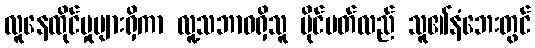
လူနေထိုင်မှုများရှိကာ လူ့သဘာဝရှိသူ မိုင်ပတ်လည် သူ၏နံဘေးတွင်